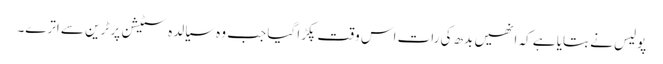
پولیس نے بتایا ہے کہ انھیں بدھ کی رات اس وقت پکڑا گیا جب وہ سیالدہ سٹیشن پر ٹرین سے اترے۔